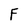
Character: F